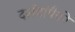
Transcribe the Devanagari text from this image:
दर्शनांपैकी